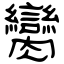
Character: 臠